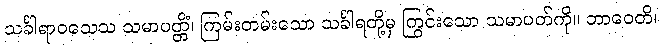
သင်္ခါရာဝသေသ သမာပတ္တိံ၊ ကြမ်းတမ်းသော သင်္ခါရတို့မှ ကြွင်းသော သမာပတ်ကို။ ဘာဝေတိ၊